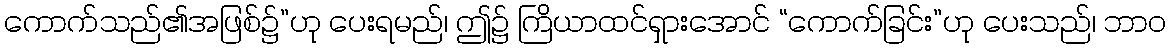
ကောက်သည်၏အဖြစ်၌”ဟု ပေးရမည်၊ ဤ၌ ကြိယာထင်ရှားအောင် “ကောက်ခြင်း”ဟု ပေးသည်၊ ဘာဝ